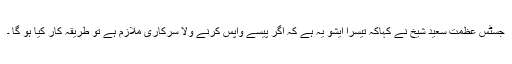
جسٹس عظمت سعید شیخ نے کہاکہ تیسرا ایشو یہ ہے کہ اگر پیسے واپس کرنے ولا سرکاری ملازم ہے تو طریقہ کار کیا ہو گا ۔